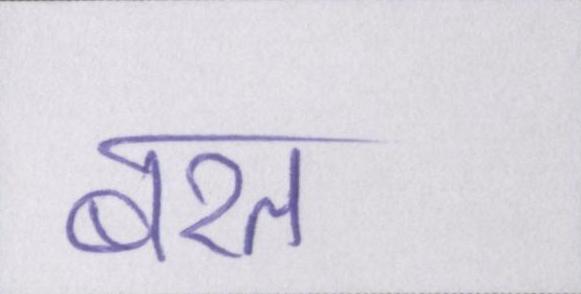
बरत